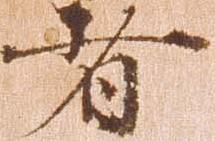
者